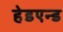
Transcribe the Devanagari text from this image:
हेडएन्ड